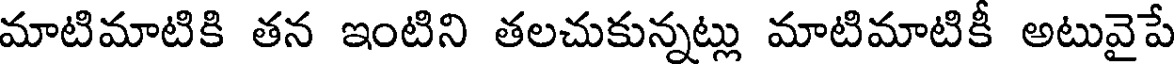
మాటిమాటికి తన ఇంటిని తలచుకున్నట్లు మాటిమాటికీ అటువైపే